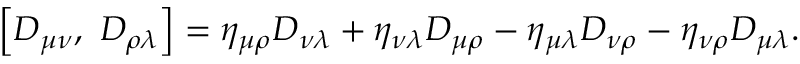
\left[ D _ { \mu \nu } , \ D _ { \rho \lambda } \right] = \eta _ { \mu \rho } D _ { \nu \lambda } + \eta _ { \nu \lambda } D _ { \mu \rho } - \eta _ { \mu \lambda } D _ { \nu \rho } - \eta _ { \nu \rho } D _ { \mu \lambda } .